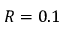
R = 0 . 1